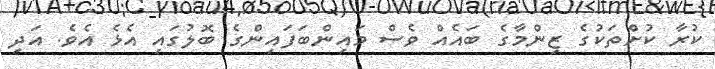
ކުރާ ކުށްތަކުގެ ޒިންމާގެ ބައެއް ވެސް މައިންބަފައިންގެ ބޮލުގައި އެޅެ އެވެ. އަދި